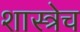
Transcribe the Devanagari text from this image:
शास्त्रेच